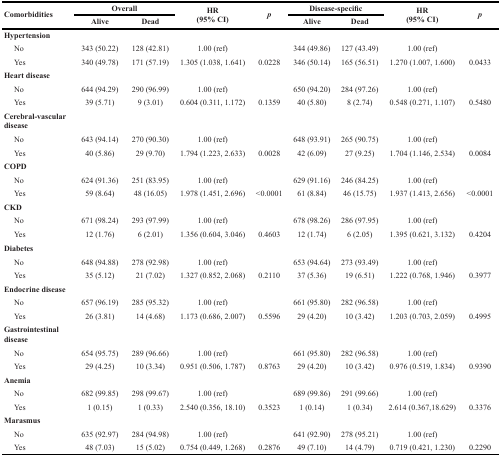
<table><thead><tr><td rowspan="2"><b>Comorbidities</b></td><td colspan="2"><b>Overall</b></td><td rowspan="2"><b>HR (95% CI)</b></td><td rowspan="2"><b><i>p</i></b></td><td colspan="2"><b>Disease-specific</b></td><td rowspan="2"><b>HR (95% CI)</b></td><td rowspan="2"><b><i>p</i></b></td></tr><tr><td><b>Alive</b></td><td><b>Dead</b></td><td><b>Alive</b></td><td><b>Dead</b></td></tr></thead><tbody><tr><td><b>Hypertension</b></td><td></td><td></td><td></td><td></td><td></td><td></td><td></td><td></td></tr><tr><td> No</td><td>343 (50.22)</td><td>128 (42.81)</td><td>1.00 (ref)</td><td></td><td>344 (49.86)</td><td>127 (43.49)</td><td>1.00 (ref)</td><td></td></tr><tr><td> Yes</td><td>340 (49.78)</td><td>171 (57.19)</td><td>1.305 (1.038, 1.641)</td><td>0.0228</td><td>346 (50.14)</td><td>165 (56.51)</td><td>1.270 (1.007, 1.600)</td><td>0.0433</td></tr><tr><td><b>Heart disease</b></td><td></td><td></td><td></td><td></td><td></td><td></td><td></td><td></td></tr><tr><td> No</td><td>644 (94.29)</td><td>290 (96.99)</td><td>1.00 (ref)</td><td></td><td>650 (94.20)</td><td>284 (97.26)</td><td>1.00 (ref)</td><td></td></tr><tr><td> Yes</td><td>39 (5.71)</td><td>9 (3.01)</td><td>0.604 (0.311, 1.172)</td><td>0.1359</td><td>40 (5.80)</td><td>8 (2.74)</td><td>0.548 (0.271, 1.107)</td><td>0.5480</td></tr><tr><td><b>Cerebral-vascular disease</b></td><td></td><td></td><td></td><td></td><td></td><td></td><td></td><td></td></tr><tr><td> No</td><td>643 (94.14)</td><td>270 (90.30)</td><td>1.00 (ref)</td><td></td><td>648 (93.91)</td><td>265 (90.75)</td><td>1.00 (ref)</td><td></td></tr><tr><td> Yes</td><td>40 (5.86)</td><td>29 (9.70)</td><td>1.794 (1.223, 2.633)</td><td>0.0028</td><td>42 (6.09)</td><td>27 (9.25)</td><td>1.704 (1.146, 2.534)</td><td>0.0084</td></tr><tr><td><b>COPD</b></td><td></td><td></td><td></td><td></td><td></td><td></td><td></td><td></td></tr><tr><td> No</td><td>624 (91.36)</td><td>251 (83.95)</td><td>1.00 (ref)</td><td></td><td>629 (91.16)</td><td>246 (84.25)</td><td>1.00 (ref)</td><td></td></tr><tr><td> Yes</td><td>59 (8.64)</td><td>48 (16.05)</td><td>1.978 (1.451, 2.696)</td><td>&lt;0.0001</td><td>61 (8.84)</td><td>46 (15.75)</td><td>1.937 (1.413, 2.656)</td><td>&lt;0.0001</td></tr><tr><td><b>CKD</b></td><td></td><td></td><td></td><td></td><td></td><td></td><td></td><td></td></tr><tr><td> No</td><td>671 (98.24)</td><td>293 (97.99)</td><td>1.00 (ref)</td><td></td><td>678 (98.26)</td><td>286 (97.95)</td><td>1.00 (ref)</td><td></td></tr><tr><td> Yes</td><td>12 (1.76)</td><td>6 (2.01)</td><td>1.356 (0.604, 3.046)</td><td>0.4603</td><td>12 (1.74)</td><td>6 (2.05)</td><td>1.395 (0.621, 3.132)</td><td>0.4204</td></tr><tr><td><b>Diabetes</b></td><td></td><td></td><td></td><td></td><td></td><td></td><td></td><td></td></tr><tr><td> No</td><td>648 (94.88)</td><td>278 (92.98)</td><td>1.00 (ref)</td><td></td><td>653 (94.64)</td><td>273 (93.49)</td><td>1.00 (ref)</td><td></td></tr><tr><td> Yes</td><td>35 (5.12)</td><td>21 (7.02)</td><td>1.327 (0.852, 2.068)</td><td>0.2110</td><td>37 (5.36)</td><td>19 (6.51)</td><td>1.222 (0.768, 1.946)</td><td>0.3977</td></tr><tr><td><b>Endocrine disease</b></td><td></td><td></td><td></td><td></td><td></td><td></td><td></td><td></td></tr><tr><td> No</td><td>657 (96.19)</td><td>285 (95.32)</td><td>1.00 (ref)</td><td></td><td>661 (95.80)</td><td>282 (96.58)</td><td>1.00 (ref)</td><td></td></tr><tr><td> Yes</td><td>26 (3.81)</td><td>14 (4.68)</td><td>1.173 (0.686, 2.007)</td><td>0.5596</td><td>29 (4.20)</td><td>10 (3.42)</td><td>1.203 (0.703, 2.059)</td><td>0.4995</td></tr><tr><td><b>Gastrointestinal disease</b></td><td></td><td></td><td></td><td></td><td></td><td></td><td></td><td></td></tr><tr><td> No</td><td>654 (95.75)</td><td>289 (96.66)</td><td>1.00 (ref)</td><td></td><td>661 (95.80)</td><td>282 (96.58)</td><td>1.00 (ref)</td><td></td></tr><tr><td> Yes</td><td>29 (4.25)</td><td>10 (3.34)</td><td>0.951 (0.506, 1.787)</td><td>0.8763</td><td>29 (4.20)</td><td>10 (3.42)</td><td>0.976 (0.519, 1.834)</td><td>0.9390</td></tr><tr><td><b>Anemia</b></td><td></td><td></td><td></td><td></td><td></td><td></td><td></td><td></td></tr><tr><td> No</td><td>682 (99.85)</td><td>298 (99.67)</td><td>1.00 (ref)</td><td></td><td>689 (99.86)</td><td>291 (99.66)</td><td>1.00 (ref)</td><td></td></tr><tr><td> Yes</td><td>1 (0.15)</td><td>1 (0.33)</td><td>2.540 (0.356, 18.10)</td><td>0.3523</td><td>1 (0.14)</td><td>1 (0.34)</td><td>2.614 (0.367,18.629)</td><td>0.3376</td></tr><tr><td><b>Marasmus</b></td><td></td><td></td><td></td><td></td><td></td><td></td><td></td><td></td></tr><tr><td> No</td><td>635 (92.97)</td><td>284 (94.98)</td><td>1.00 (ref)</td><td></td><td>641 (92.90)</td><td>278 (95.21)</td><td>1.00 (ref)</td><td></td></tr><tr><td> Yes</td><td>48 (7.03)</td><td>15 (5.02)</td><td>0.754 (0.449, 1.268)</td><td>0.2876</td><td>49 (7.10)</td><td>14 (4.79)</td><td>0.719 (0.421, 1.230)</td><td>0.2290</td></tr></tbody></table>